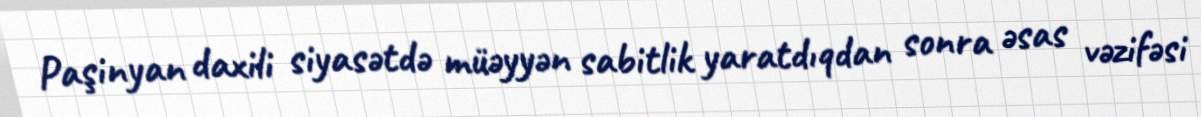
Paşinyan daxili siyasətdə müəyyən sabitlik yaratdıqdan sonra əsas vəzifəsi